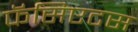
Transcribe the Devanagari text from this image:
फॅसिएटस